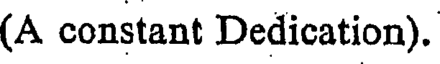
(A constant Dedication).